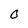
Character: F